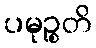
ပမုဉ္စတိ